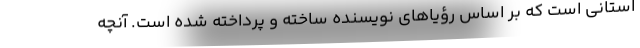
استانی است که بر اساس رؤیاهای نویسنده ساخته و پرداخته شده است. آنچه